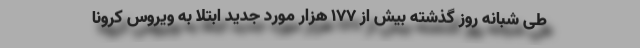
طی شبانه روز گذشته بیش از ۱۷۷ هزار مورد جدید ابتلا به ویروس کرونا